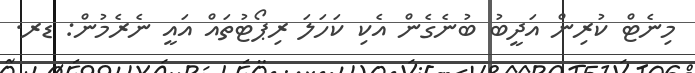
މިނެޓް ކުރިން އަދީބު ބުނެގެން އެކި ކަހަލަ ރިޕޯޓުތައް އައީ ނެރެމުން: ޑރ.